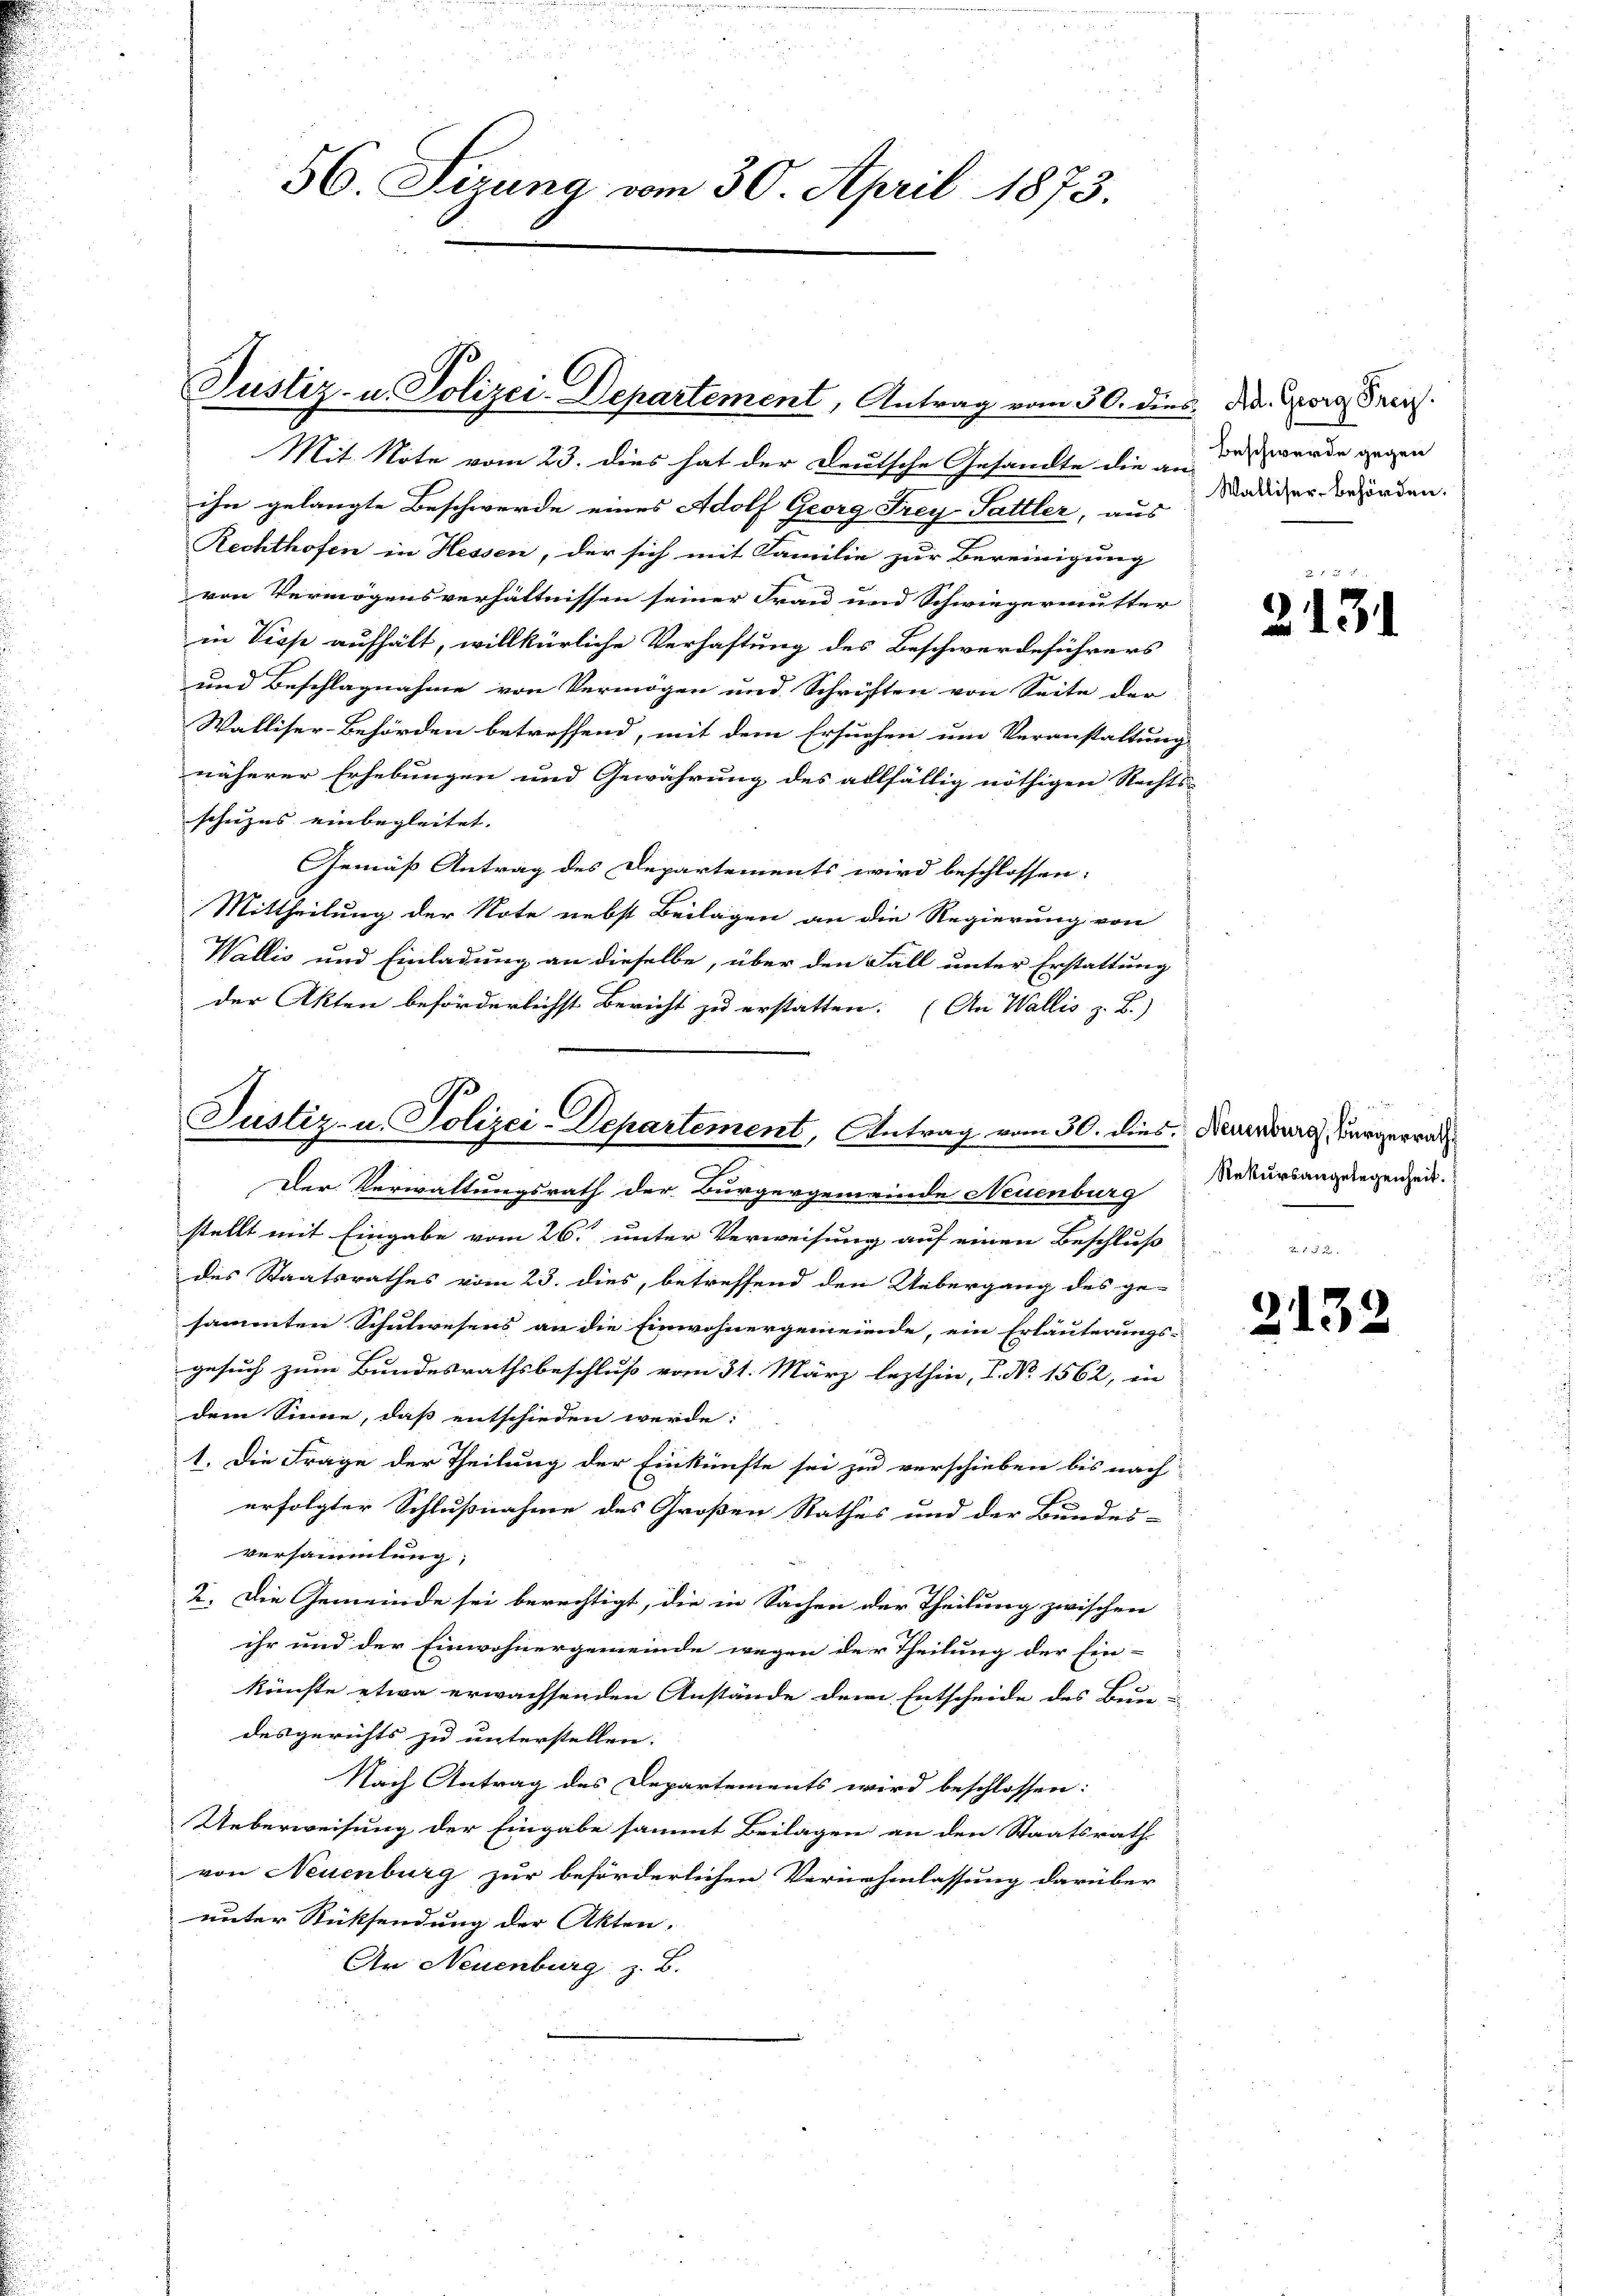
56. Sizung vom 30. April 1873.

ihn gelangte Beschwerde eines Adolf Georg Frey Sattler, aus
Rechthofen in Hessen, der sich mit Familie zur Bereinigung
von Vermögensverhältnissen seiner Frau und Schwiegermutter
in Visp aufhält, willkürliche Verhaftung des Beschwerdeführers
und Beschlagnahme von Vermögen und Schriften von Seite der
Walliser-Behörden betreffend, mit dem Ersuchen um Veranstaltung
näherer Erhebungen und Gewährung des allfällig nöthigen Rechts-
schuzes einbegleitet. |
Gemäß Antrag des Departements wird beschlossen:
Mittheilung der Note nebst Beilagen an die Regierung von
Wallis und Einladung an dieselbe, über den Fall unter Erstattung
der Akten beförderlichst Bericht zu erstatten. (An Wallis z. B.)
Der Verwaltungsrath der Bürgergemeinde Neuenburg
stellt mit Eingabe vom 26. unter Verweisung auf einen Beschluß
des Staatsrathes vom 23. dies, betreffend den Uebergang des ge-
sammten Schulwesens an die Einwohnergemeinde, ein Erläuterungs-
gesuch zum Bundesrathsbeschluß vom 31. März lezthin, 1. No. 1562, in
dem Sinne, daß entschieden werde:
1. Die Frage der Theilung der Einkünfte sei zu verschieben bis nach
erfolgter Schlußnahme des Großen Rathes und der Bundes-
Versammlung,
2. Die Gemeinde sei berechtigt, die in Sachen der Theilung zwischen
ihr und der Einwohnergemeinde wegen der Theilung der Ein-
künste etwa erwachsenden Anstände dem Entscheide des Bun-
desgerichts zu unterstellen. |
Nach Antrag des Departements wird beschlossen:
Ueberweisung der Eingabe sammt Beilagen an den Staatsrath
von Neuenburg zur beförderlichen Vernehmlassung darüber
unter Rücksendung der Akten. |
An Neuenburg z. B.

Justiz- u. Polizei-Departement, Antrag vom 30. dies die Georg Frei
Mit Note vom 23. dies hat der Deutsche Gesandte die an-

Justiz- u. Polizei-Departement, Antrag vom 30. dies. Neuenburg, Bürgerrade
2

Beschwerde gegen
Walliser-Behörden.

2131

Rekursangelegenheit.

2132